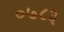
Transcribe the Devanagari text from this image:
०७८३